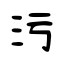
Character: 污